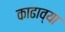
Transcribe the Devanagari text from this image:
काढाव्या